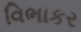
વિભાકર